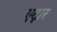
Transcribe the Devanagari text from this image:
एद्गार